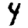
Digit: 4